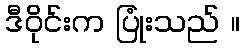
ဒီဝိုင်းက ပြုံးသည် ။